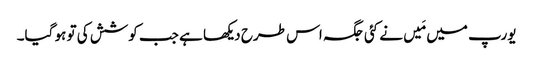
یورپ میں مَیں نے کئی جگہ اس طرح دیکھا ہے جب کوشش کی تو ہو گیا۔